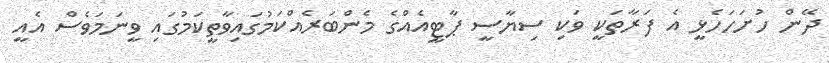
ދޭން ހުށަހަހެޅީ އެ ފަރާތަކީ ވަކި ސިޔާސީ ޕާޓީއެއްގެ މެންބަރެއްކަމުގައިވާތީކަމުގައި ވީނަމަވެސް އެއީ